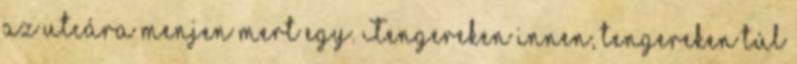
az utcára menjen mert egy. Tengereken innen, tengereken túl